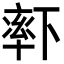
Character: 𬍏